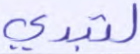
لتبدي